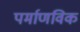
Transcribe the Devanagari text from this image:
पर्माणविक